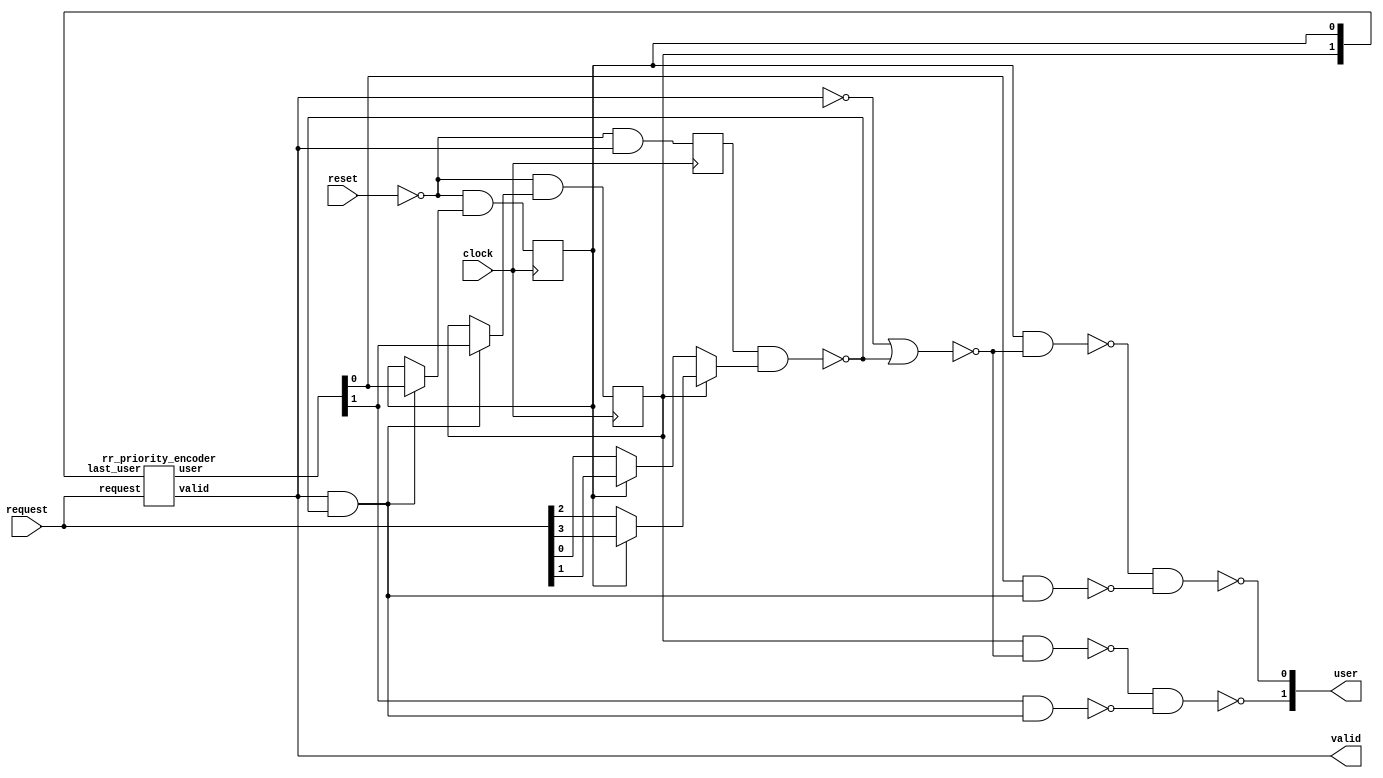
/* Generated by Yosys 0.16+41 (git sha1 29c0a5958, clang 11.0.1-2 -fPIC -Os) */

(* top =  1  *)
(* src = "examples/rr_arbiter.v:101.1-159.10" *)
module rr_arbiter(clock, reset, request, valid, user);
  wire _00_;
  wire _01_;
  wire _02_;
  wire _03_;
  wire _04_;
  wire _05_;
  wire _06_;
  wire _07_;
  wire _08_;
  wire _09_;
  wire _10_;
  wire _11_;
  wire _12_;
  wire _13_;
  wire _14_;
  wire _15_;
  wire _16_;
  reg _17_;
  reg _18_;
  reg _19_;
  wire _20_;
  wire _21_;
  wire _22_;
  wire _23_;
  wire _24_;
  wire _25_;
  wire _26_;
  wire _27_;
  wire _28_;
  wire _29_;
  wire _30_;
  wire _31_;
  wire _32_;
  wire _33_;
  wire _34_;
  (* src = "examples/rr_arbiter.v:113.13-113.39" *)
  wire _35_;
  (* src = "examples/rr_arbiter.v:113.13-113.39" *)
  wire _36_;
  (* src = "examples/rr_arbiter.v:105.15-105.22" *)
  wire _37_;
  (* src = "examples/rr_arbiter.v:105.15-105.22" *)
  wire _38_;
  (* src = "examples/rr_arbiter.v:105.15-105.22" *)
  wire _39_;
  (* src = "examples/rr_arbiter.v:105.15-105.22" *)
  wire _40_;
  (* src = "examples/rr_arbiter.v:103.9-103.14" *)
  wire _41_;
  (* src = "examples/rr_arbiter.v:107.16-107.20" *)
  wire _42_;
  (* src = "examples/rr_arbiter.v:107.16-107.20" *)
  wire _43_;
  (* src = "examples/rr_arbiter.v:109.13-109.21" *)
  wire _44_;
  (* src = "examples/rr_arbiter.v:109.13-109.21" *)
  wire _45_;
  (* src = "examples/rr_arbiter.v:106.10-106.15" *)
  wire _46_;
  wire _47_;
  wire _48_;
  wire _49_;
  wire _50_;
  wire _51_;
  (* src = "examples/rr_arbiter.v:102.9-102.14" *)
  input clock;
  wire clock;
  (* src = "examples/rr_arbiter.v:113.13-113.39" *)
  wire [1:0] priority_encoder_user_comb;
  (* src = "examples/rr_arbiter.v:105.15-105.22" *)
  input [3:0] request;
  wire [3:0] request;
  (* src = "examples/rr_arbiter.v:103.9-103.14" *)
  input reset;
  wire reset;
  (* src = "examples/rr_arbiter.v:107.16-107.20" *)
  output [1:0] user;
  wire [1:0] user;
  (* src = "examples/rr_arbiter.v:112.13-112.22" *)
  wire [1:0] user_comb;
  (* src = "examples/rr_arbiter.v:109.13-109.21" *)
  wire [1:0] user_reg;
  (* src = "examples/rr_arbiter.v:106.10-106.15" *)
  output valid;
  wire valid;
  (* src = "examples/rr_arbiter.v:110.7-110.16" *)
  wire valid_reg;
  always @(posedge clock)
    _17_ <= _14_;
  always @(posedge clock)
    _18_ <= _15_;
  always @(posedge clock)
    _19_ <= _16_;
  assign _20_ = ~_41_;
  assign _21_ = ~_46_;
  assign _22_ = _18_ ? _40_ : _39_;
  assign _23_ = _18_ ? _38_ : _37_;
  assign _24_ = _17_ ? _22_ : _23_;
  assign _25_ = ~(_19_ & _24_);
  assign _26_ = ~(_21_ | _25_);
  assign _27_ = ~(_18_ & _26_);
  assign _28_ = _46_ & _25_;
  assign _29_ = ~(_46_ & _25_);
  assign _30_ = ~(_35_ & _28_);
  assign _42_ = ~(_27_ & _30_);
  assign _31_ = ~(_17_ & _26_);
  assign _32_ = ~(_36_ & _28_);
  assign _43_ = ~(_31_ & _32_);
  assign _33_ = _29_ ? _17_ : _36_;
  assign _14_ = _20_ & _33_;
  assign _34_ = _29_ ? _18_ : _35_;
  assign _15_ = _20_ & _34_;
  assign _16_ = _20_ & _46_;
  (* module_not_derived = 32'd1 *)
  (* src = "examples/rr_arbiter.v:115.23-120.4" *)
  rr_priority_encoder rr_priority_encoder_inst (
    .last_user(user_reg),
    .request(request),
    .user(priority_encoder_user_comb),
    .valid(valid)
  );
  assign user_comb = user;
  assign _44_ = _18_;
  assign _45_ = _17_;
  assign user_reg[1] = _45_;
  assign user_reg[0] = _44_;
  assign _41_ = reset;
  assign _35_ = priority_encoder_user_comb[0];
  assign _39_ = request[2];
  assign _40_ = request[3];
  assign _37_ = request[0];
  assign _38_ = request[1];
  assign _36_ = priority_encoder_user_comb[1];
  assign _46_ = valid;
  assign user[0] = _42_;
  assign user[1] = _43_;
endmodule

(* src = "examples/rr_arbiter.v:1.1-99.10" *)
module rr_priority_encoder(request, last_user, valid, user);
  wire _000_;
  wire _001_;
  wire _002_;
  wire _003_;
  wire _004_;
  wire _005_;
  wire _006_;
  wire _007_;
  wire _008_;
  wire _009_;
  wire _010_;
  wire _011_;
  wire _012_;
  wire _013_;
  wire _014_;
  wire _015_;
  wire _016_;
  wire _017_;
  wire _018_;
  wire _019_;
  wire _020_;
  wire _021_;
  wire _022_;
  wire _023_;
  wire _024_;
  wire _025_;
  wire _026_;
  wire _027_;
  wire _028_;
  wire _029_;
  wire _030_;
  wire _031_;
  wire _032_;
  wire _033_;
  wire _034_;
  wire _035_;
  wire _036_;
  wire _037_;
  wire _038_;
  wire _039_;
  wire _040_;
  wire _041_;
  wire _042_;
  wire _043_;
  wire _044_;
  wire _045_;
  wire _046_;
  wire _047_;
  wire _048_;
  wire _049_;
  wire _050_;
  wire _051_;
  wire _052_;
  wire _053_;
  wire _054_;
  wire _055_;
  wire _056_;
  wire _057_;
  (* src = "examples/rr_arbiter.v:3.15-3.24" *)
  wire _058_;
  (* src = "examples/rr_arbiter.v:3.15-3.24" *)
  wire _059_;
  wire _060_;
  wire _061_;
  wire _062_;
  wire _063_;
  wire _064_;
  wire _065_;
  wire _066_;
  wire _067_;
  wire _068_;
  wire _069_;
  wire _070_;
  wire _071_;
  wire _072_;
  wire _073_;
  wire _074_;
  wire _075_;
  wire _076_;
  wire _077_;
  wire _078_;
  wire _079_;
  wire _080_;
  wire _081_;
  (* src = "examples/rr_arbiter.v:2.15-2.22" *)
  wire _082_;
  (* src = "examples/rr_arbiter.v:2.15-2.22" *)
  wire _083_;
  (* src = "examples/rr_arbiter.v:2.15-2.22" *)
  wire _084_;
  (* src = "examples/rr_arbiter.v:2.15-2.22" *)
  wire _085_;
  (* src = "examples/rr_arbiter.v:5.16-5.20" *)
  wire _086_;
  (* src = "examples/rr_arbiter.v:5.16-5.20" *)
  wire _087_;
  (* src = "examples/rr_arbiter.v:4.10-4.15" *)
  wire _088_;
  (* src = "examples/rr_arbiter.v:3.15-3.24" *)
  input [1:0] last_user;
  wire [1:0] last_user;
  (* src = "examples/rr_arbiter.v:2.15-2.22" *)
  input [3:0] request;
  wire [3:0] request;
  (* src = "examples/rr_arbiter.v:5.16-5.20" *)
  output [1:0] user;
  wire [1:0] user;
  (* src = "examples/rr_arbiter.v:8.13-8.22" *)
  wire [1:0] user_comb;
  (* src = "examples/rr_arbiter.v:4.10-4.15" *)
  output valid;
  wire valid;
  (* src = "examples/rr_arbiter.v:7.7-7.17" *)
  wire valid_comb;
  assign _060_ = ~_082_;
  assign _061_ = ~_085_;
  assign _062_ = ~_058_;
  assign _063_ = ~(_083_ & _060_);
  assign _064_ = ~(_061_ & _063_);
  assign _065_ = ~(_062_ & _059_);
  assign _066_ = _062_ | _059_;
  assign _067_ = ~(_065_ & _066_);
  assign _068_ = _084_ | _066_;
  assign _069_ = ~(_065_ & _068_);
  assign _070_ = ~(_064_ & _069_);
  assign _071_ = ~(_061_ | _084_);
  assign _072_ = ~(_083_ | _071_);
  assign _073_ = ~(_082_ & _059_);
  assign _074_ = ~(_067_ | _072_);
  assign _075_ = ~(_073_ & _074_);
  assign _086_ = ~(_070_ & _075_);
  assign _076_ = _061_ | _065_;
  assign _077_ = ~(_083_ & _066_);
  assign _078_ = _085_ | _084_;
  assign _079_ = _073_ & _078_;
  assign _080_ = ~(_077_ & _079_);
  assign _081_ = _083_ | _082_;
  assign _087_ = ~(_076_ & _080_);
  assign _088_ = _078_ | _081_;
  assign user_comb = user;
  assign valid_comb = valid;
  assign _083_ = request[1];
  assign _082_ = request[0];
  assign _085_ = request[3];
  assign _084_ = request[2];
  assign user[0] = _086_;
  assign _058_ = last_user[0];
  assign _059_ = last_user[1];
  assign user[1] = _087_;
  assign valid = _088_;
endmodule